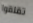
تقلقوا